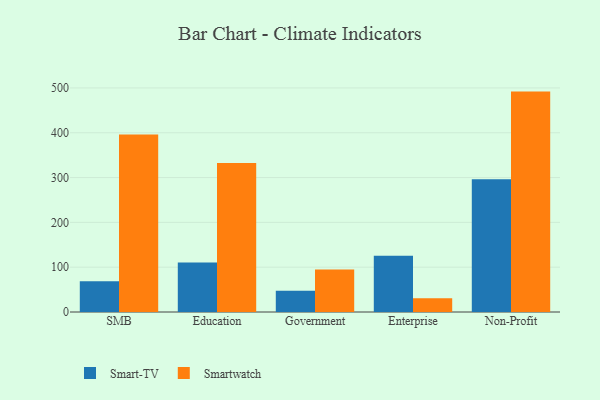
{"axis": {"x": "Segment", "y": "Market Share (%)"}, "legend": ["Smart-TV", "Smartwatch"], "data": [{"x": "SMB", "y": 68.6, "type": "Smart-TV"}, {"x": "SMB", "y": 396.2, "type": "Smartwatch"}, {"x": "Education", "y": 110.2, "type": "Smart-TV"}, {"x": "Education", "y": 332.2, "type": "Smartwatch"}, {"x": "Government", "y": 47.4, "type": "Smart-TV"}, {"x": "Government", "y": 94.9, "type": "Smartwatch"}, {"x": "Enterprise", "y": 125.5, "type": "Smart-TV"}, {"x": "Enterprise", "y": 30.7, "type": "Smartwatch"}, {"x": "Non-Profit", "y": 296.3, "type": "Smart-TV"}, {"x": "Non-Profit", "y": 491.8, "type": "Smartwatch"}]}